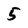
Character: 5